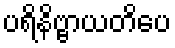
ပရိနိဗ္ဗာယတိပေ